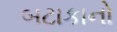
બટાકાનો